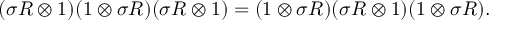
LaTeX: ( \sigma R \otimes 1 ) ( 1 \otimes \sigma R ) ( \sigma R \otimes 1 ) = ( 1 \otimes \sigma R ) ( \sigma R \otimes 1 ) ( 1 \otimes \sigma R ) .